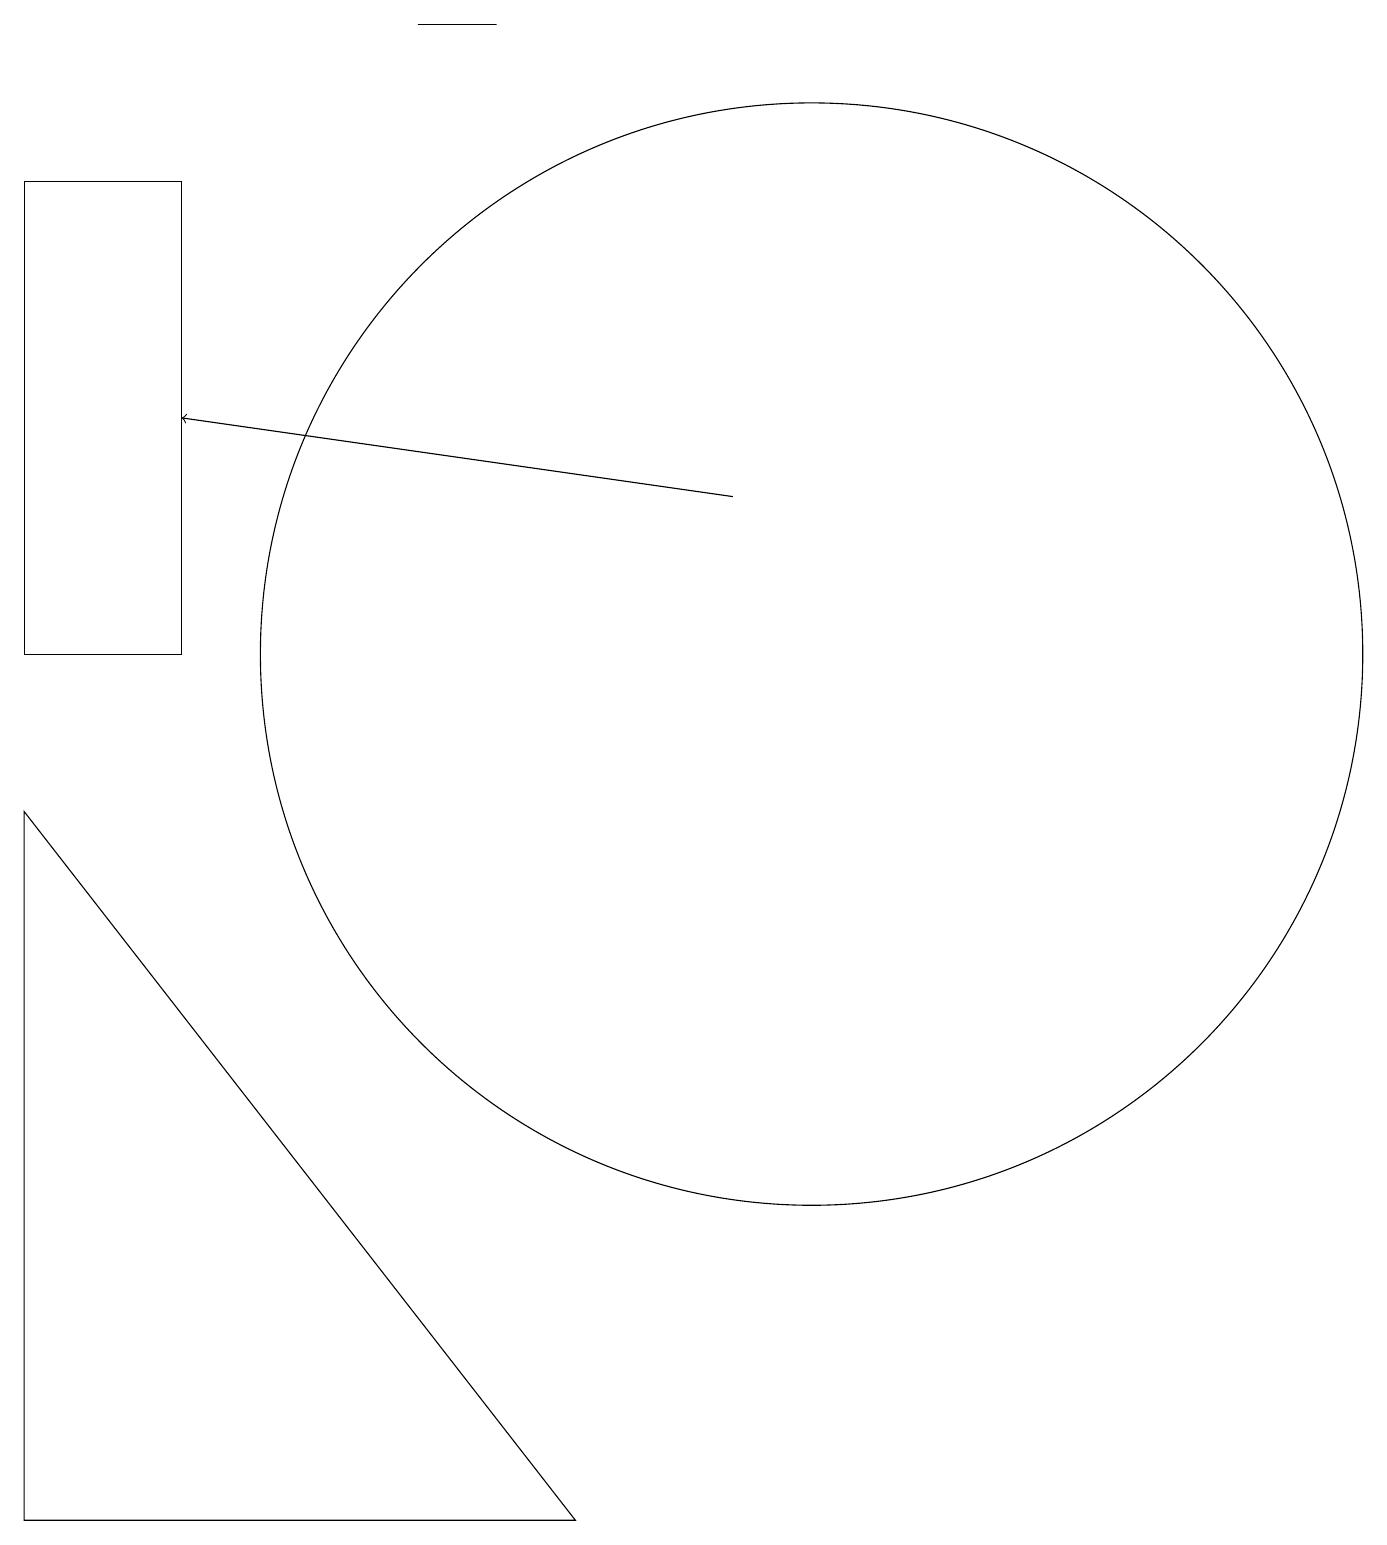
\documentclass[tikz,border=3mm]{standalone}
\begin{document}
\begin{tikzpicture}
\draw (5,19) rectangle (6,19);
\draw (11,11) circle (0);
\draw (0,0) -- (0,9) -- (7,0) -- cycle;
\draw[->] (9,13) -- (2,14);
\draw (10,11) circle (7);
\draw (2,11) rectangle (0,17);
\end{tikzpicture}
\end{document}